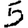
Digit: 5